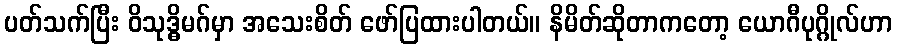
ပတ်သက်ပြီး ဝိသုဒ္ဓိမဂ်မှာ အသေးစိတ် ဖော်ပြထားပါတယ်။ နိမိတ်ဆိုတာကတော့ ယောဂီပုဂ္ဂိုလ်ဟာ